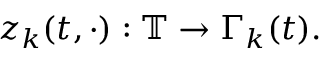
z _ { k } ( t , \cdot ) : \mathbb { T } \rightarrow \Gamma _ { k } ( t ) .